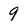
Character: 9